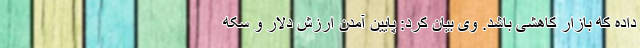
داده که بازار کاهشی باشد. وی بیان کرد: پایین آمدن ارزش دلار و سکه